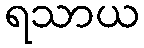
ရသာယ